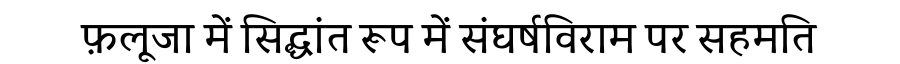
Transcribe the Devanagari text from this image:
फ़लूजा में सिद्धांत रूप में संघर्षविराम पर सहमति